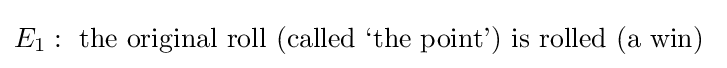
E_{1}:{\text{ the original roll (called ‘the point’) is rolled (a win) }}